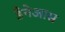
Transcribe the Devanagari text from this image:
डैनेआस